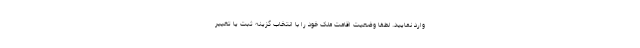
وارد نمایید. لطفا وضعیت اقامت ملک خود را با انتخاب گزینه ثبت یا تغییر